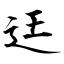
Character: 迋